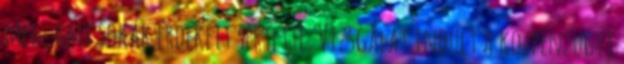
meg, ami sokak érdekeit sértette. Vizsgálat indult a közpénzügyi